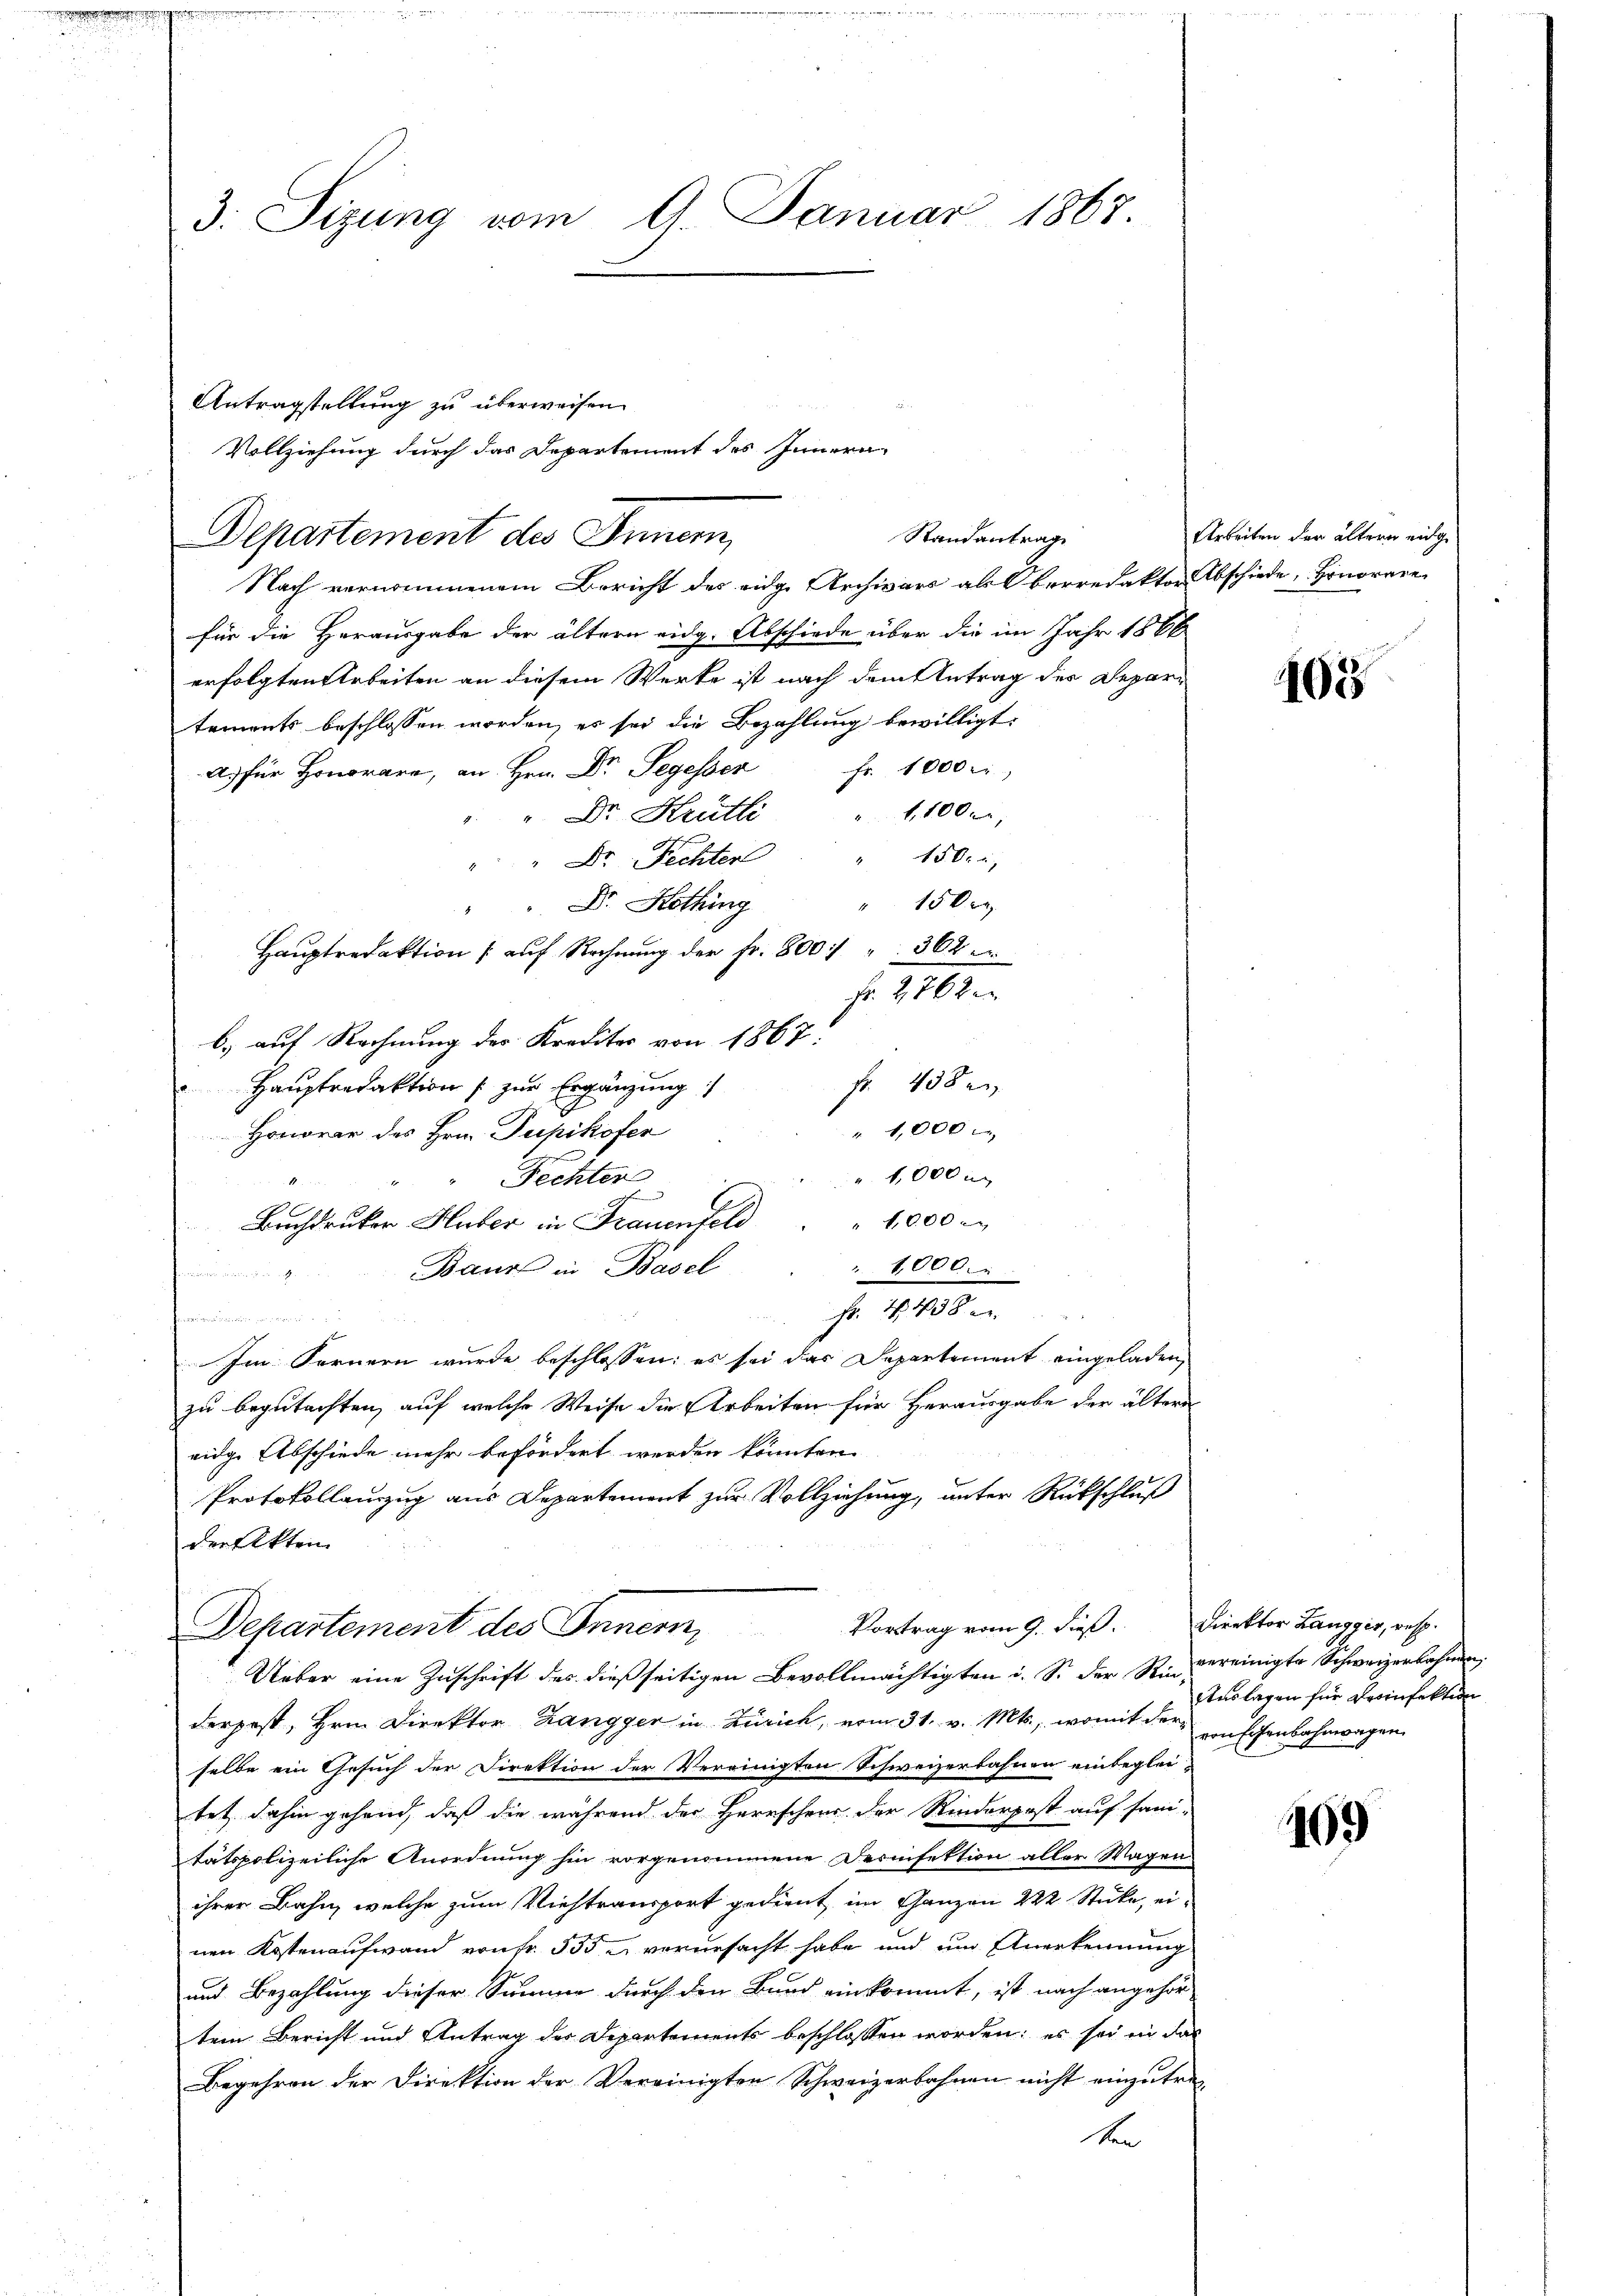
3. Sizung vom 9. Januar 1867

Antragstellung zu überweisen.
Departement des Innern,
Nach vernommenem Bericht des eidge Archivars ab Oberredaktor Abschiede Honorare
für die Herausgabe der ältern eidg. Abschiede über die im Jahr 1866
erfolgten Arbeiten an diesem Werke ist nach dem Antrag der Departements beschlossen worden, es sei die Bezahlung bewilligt:
A. für Honorare, an Hrn. Dr. Segesser Fr. 1000 r
1,1000,
" Dr. Hrütli
Dr. Fichter " " 150.
" 150 r
" Dr. Kothing
Hauptredaktion auf Rechnung der Fr. 800 " 362 er
Fr. 2762
b.) auf Rechnung der Krediter von 1867:
fr. 438 e
Hauptredaktion zur Ergänzung :/
" 1,000
Honorar des Hrn. Pupikofer
 1,000 r
Fechter
 1000 x
Buchdruker Huber in Frauenfeld
Baur in Basel
" 1000.
eer untere ich ein nichten
Fr. 4, 438 u.
  zu
 2
Im Fernern wurde beschlossen; es sei das Departement eingeladen,
zu begutachten, auf welche Weise die Arbeiten für Herausgabe der ältern
eidge Abschiede mehr befördert werden könnten.
Protokollauzug aus Departement zur Vollziehung, unter Rückschluß
der Akten
Vortrag vom 9. dieß.
Departement des Innern,
Ueber eine Zuschrift des dießseitigen Bevollmächtigten u. S. der Rivereinigte Schweizerbahnen
derpest, Hrn. Direktor Zangger in Zürich, vom 31. v. Mts., womit der Konfisenbahnwagen
selbe ein Gesuch der Direktion der Vereinigten Schweizerbahnen einbeglei
tet dahin gehend, daß die während der Herrschers der Rinderpost auf sani-
tätspolizeiliche Anordnung hin vorgenommene Deinfektion aller Wagen
ihrer Bahn, welche zum Viehtransport gedient im Ganzen 222 Stücke, einen Kostenaufwand von fr. 555 u verursacht habe und um Anerkennung
und Bezahlung dieser Summe durch den Bund einkommt, ist nach angehör
tem Bericht und Antrag des Departements beschlossen worden; es sei in das
Begehren der Direktion der Vereinigten Schweizerbahnen nicht einzutrag
ten

Vollziehung durch das Departement des Innern
Standantrage

Arbeiten der ältern eidge¬

102

Direktor Lausser, resp.
Auslagen für Proinfektion

109